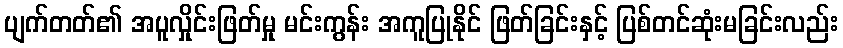
ပျက်တတ်၏ အပူလှိုင်းဖြတ်မှု မင်းကွန်း အကူပြုနိုင် ဖြတ်ခြင်းနှင့် ပြစ်တင်ဆုံးမခြင်းလည်း